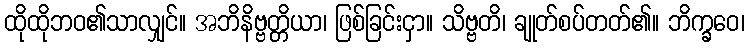
ထိုထိုဘဝ၏သာလျှင်။ အဘိနိဗ္ဗတ္တိယာ၊ ဖြစ်ခြင်းငှာ။ သိဗ္ဗတိ၊ ချုတ်စပ်တတ်၏။ ဘိက္ခဝေ၊